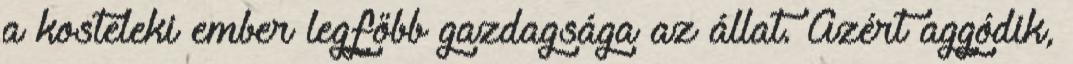
a kosteleki ember legfőbb gazdagsága az állat. Azért aggódik,